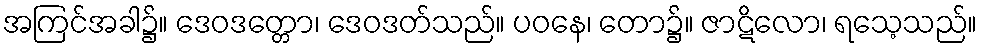
အကြင်အခါ၌။ ဒေဝဒတ္တော၊ ဒေဝဒတ်သည်။ ပဝနေ၊ တော၌။ ဇာဋိလော၊ ရသေ့သည်။